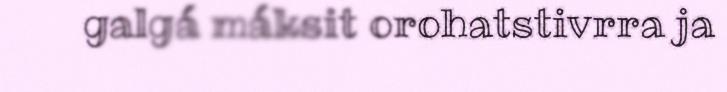
galgá máksit orohatstivrra ja